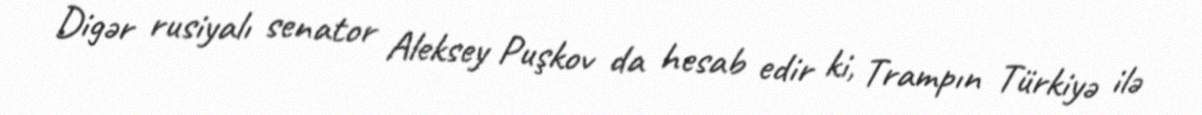
Digər rusiyalı senator Aleksey Puşkov da hesab edir ki, Trampın Türkiyə ilə